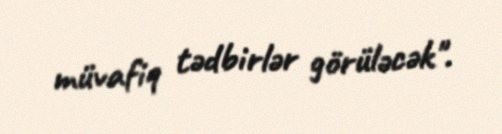
müvafiq tədbirlər görüləcək".